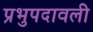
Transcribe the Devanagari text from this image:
प्रभुपदावली